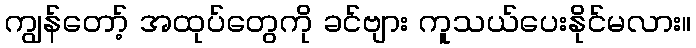
ကျွန်တော့် အထုပ်တွေကို ခင်ဗျား ကူသယ်ပေးနိုင်မလား။